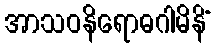
အာသဝနိရောဓဂါမိနိံ